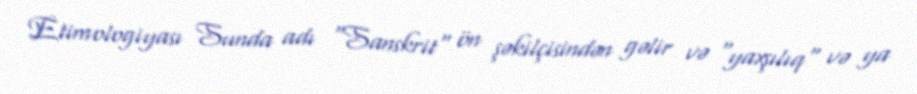
Etimologiyası Sunda adı "Sanskrit" ön şəkilçisindən gəlir və "yaxşılıq" və ya